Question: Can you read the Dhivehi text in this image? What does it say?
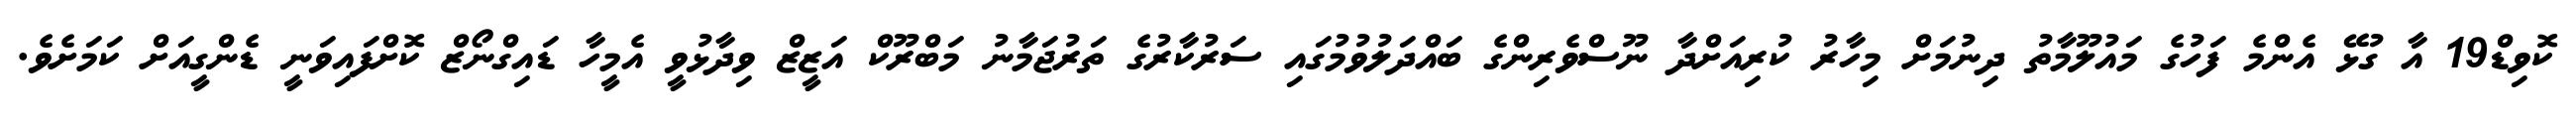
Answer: ކޮވިޑް19 އާ ގުޅޭ އެންމެ ފަހުގެ މައުލޫމާތު ދިނުމަށް މިހާރު ކުރިއަށްދާ ނޫސްވެރިންގެ ބައްދަލުވުމުގައި ސަރުކާރުގެ ތަރުޖަމާނު މަބްރޫކް އަޒީޒް ވިދާޅުވީ އެމީހާ ޑައިގްނޯޒް ކޮށްފައިވަނީ ޑެންގީއަށް ކަމަށެވެ.